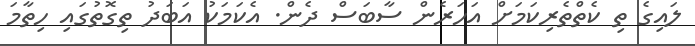
ލައިގެ ތި ކެތްތެރިކަމަށް އަހަރެން ސާބަސް ދެން. އެކަމަކު އަބަދު ތިގޮތުގައި ހިތާމަ